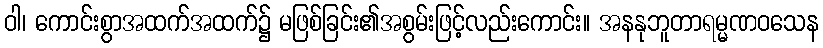
ဝါ၊ ကောင်းစွာအထက်အထက်၌ မဖြစ်ခြင်း၏အစွမ်းဖြင့်လည်းကောင်း။ အနနုဘူတာရမ္မဏဝသေန